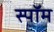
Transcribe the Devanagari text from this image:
स्पॉम